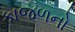
કાજળનો